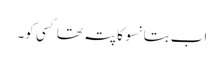
اب بتا نسو کا پتہ تھا کسی کو۔